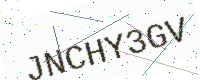
Text: JNCHY3GV